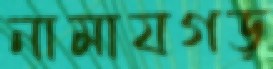
নামাযগড়